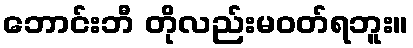
ဘောင်းဘီ တိုလည်းမဝတ်ရဘူး။